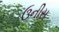
ઉનીસ